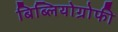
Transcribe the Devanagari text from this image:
बिब्लियोग्रोफी